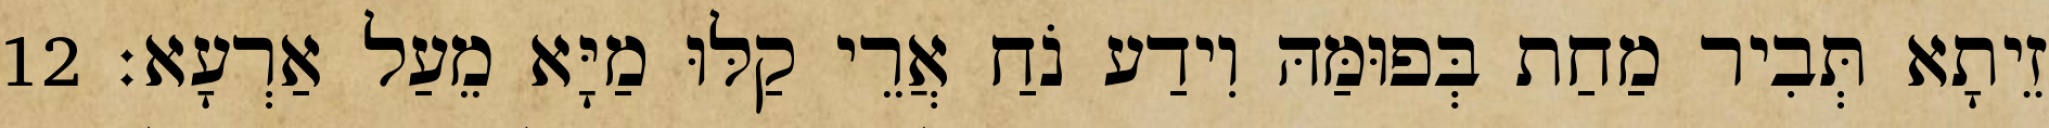
זֵיתָא תְּבִיר מַחַת בְּפוּמַּהּ וִידַע נֹחַ אֲרֵי קַלּוּ מַיָּא מֵעַל אַרְעָא׃ 12